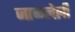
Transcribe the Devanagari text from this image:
जाळलेली